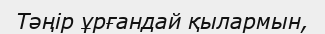
Тәңiр ұрғандай қылармын,